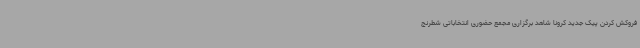
فروکش کردن پیک جدید کرونا شاهد برگزاری مجمع حضوری انتخاباتی شطرنج